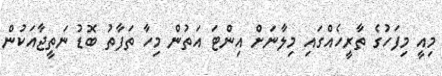
މިއީ މިފަހުގެ ތާރީހެއްގައި މިލާނަށް އިންޓަ އަތުން މިހާ ތަފާތު ބޮޑު ނަތީޖާއަކުން